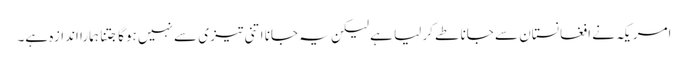
امریکہ نے افغانستان سے جانا طے کر لیا ہے لیکن یہ جانا اتنی تیز ی سے نہیں ہوگا جتنا ہمارا اندازہ ہے۔